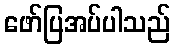
ဖော်ပြအပ်ပါသည်